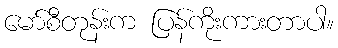
မော်စီတုန်းက ပြန်ကိုးကားတာပါ။